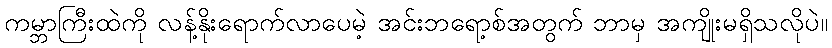
ကမ္ဘာကြီးထဲကို လန့်နိုးရောက်လာပေမဲ့ အင်းဘရော့စ်အတွက် ဘာမှ အကျိုးမရှိသလိုပဲ။